Indian journal of veterinary science and animal husbandry - Volumes 26-27, 1956-1957
Year: 1956
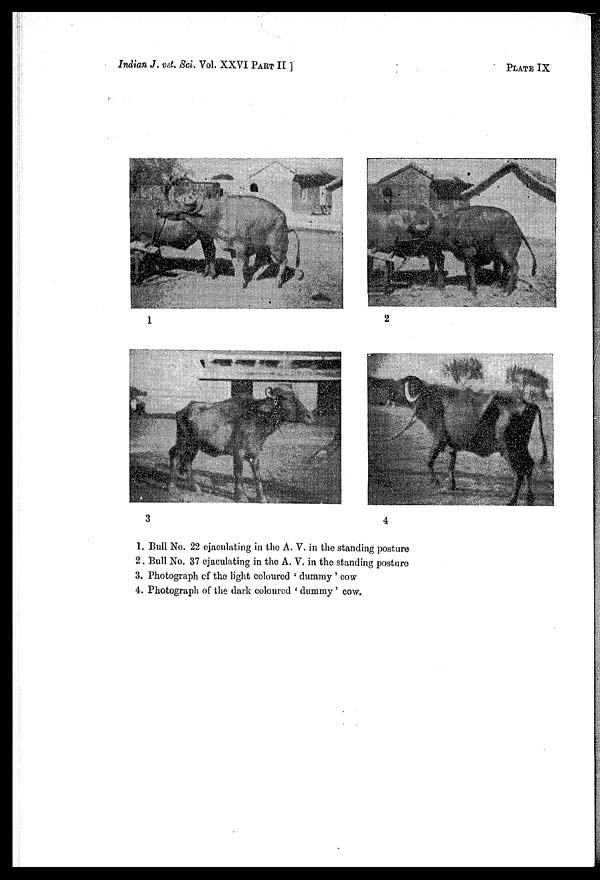
Indian J. vd. Sci. Vol. XXVI PART II ]
PLATE IX
1. Bull No. 22 ejaculating in the A. V. in the standing posture
2. Bull No. 37 ejaculating in the A. V. in the standing posture
3. Photograph of the light coloured ' dummy ' cow
4. Photograph of the dark coloured ' dummy ' cow.